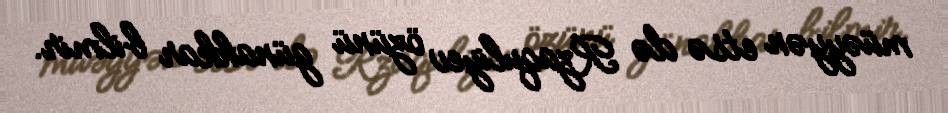
müəyyən etsə də Rzaquliyev özünü günahkar bilmir.